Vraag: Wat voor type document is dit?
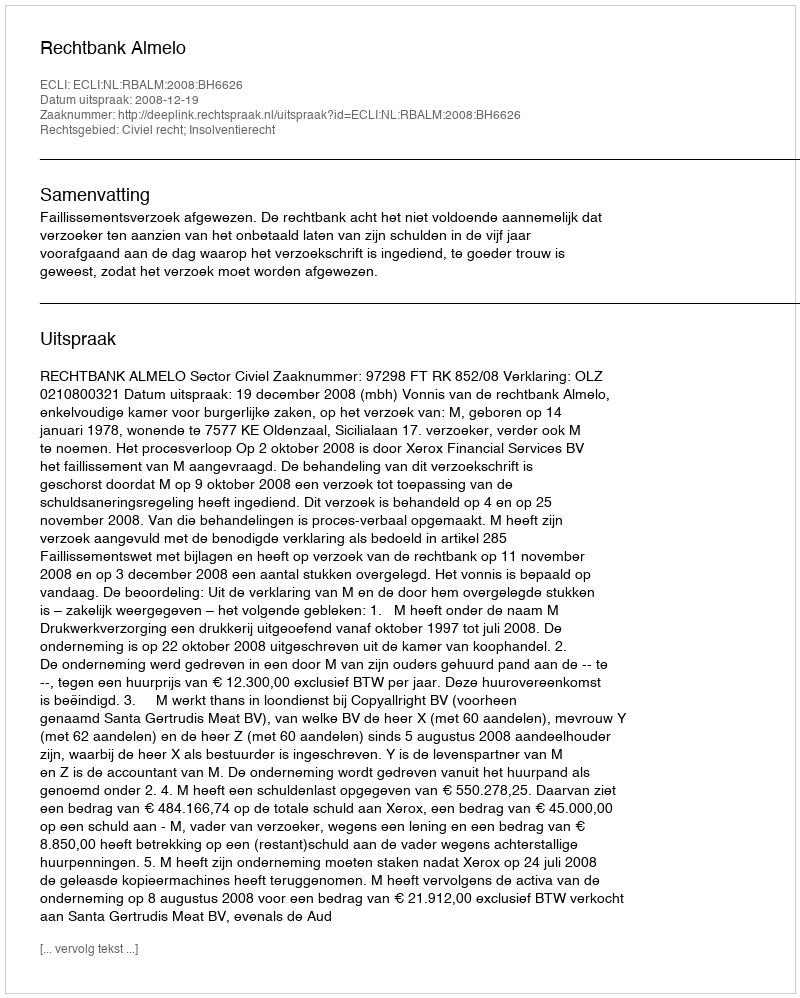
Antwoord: Uitspraak